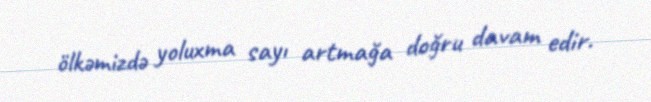
ölkəmizdə yoluxma sayı artmağa doğru davam edir.